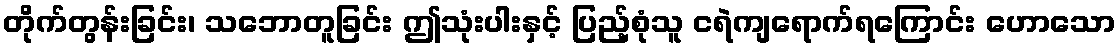
တိုက်တွန်းခြင်း၊ သဘောတူခြင်း ဤသုံးပါးနှင့် ပြည့်စုံသူ ငရဲကျရောက်ရကြောင်း ဟောသော